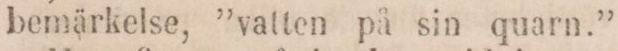
bemärkelse, ”vatten på sin quarn.”